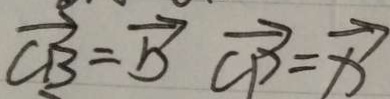
\overrightarrow { C B } = \overrightarrow { b } \overrightarrow { C P } = \overrightarrow { x }